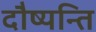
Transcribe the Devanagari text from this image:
दौष्यन्ति